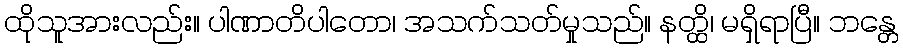
ထိုသူအားလည်း။ ပါဏာတိပါတော၊ အသက်သတ်မှုသည်။ နတ္ထိ၊ မရှိရာပြီ။ ဘန္တေ